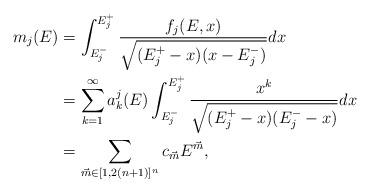
LaTeX: \begin{align*}m_{j}(E) &= \int_{E_j^-}^{E_j^+} \frac{f_j(E,x)}{\sqrt{(E_j^+-x)(x-E_j^-)}}dx \\&= \sum_{k = 1}^\infty a_k^j(E)\int_{E_j^-}^{E_j^+} \frac{x^k}{\sqrt{(E_j^+ -x)(E_j^- - x)}} dx \\&= \sum_{\vec{m} \in [1,2(n+1)]^n} c_{\vec{m}}E^{\vec{m}},\end{align*}